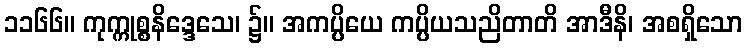
၁၁၆၆။ ကုက္ကုစ္စနိဒ္ဒေသေ၊ ၌။ အကပ္ပိယေ ကပ္ပိယသညိတာတိ အာဒီနိ၊ အစရှိသော